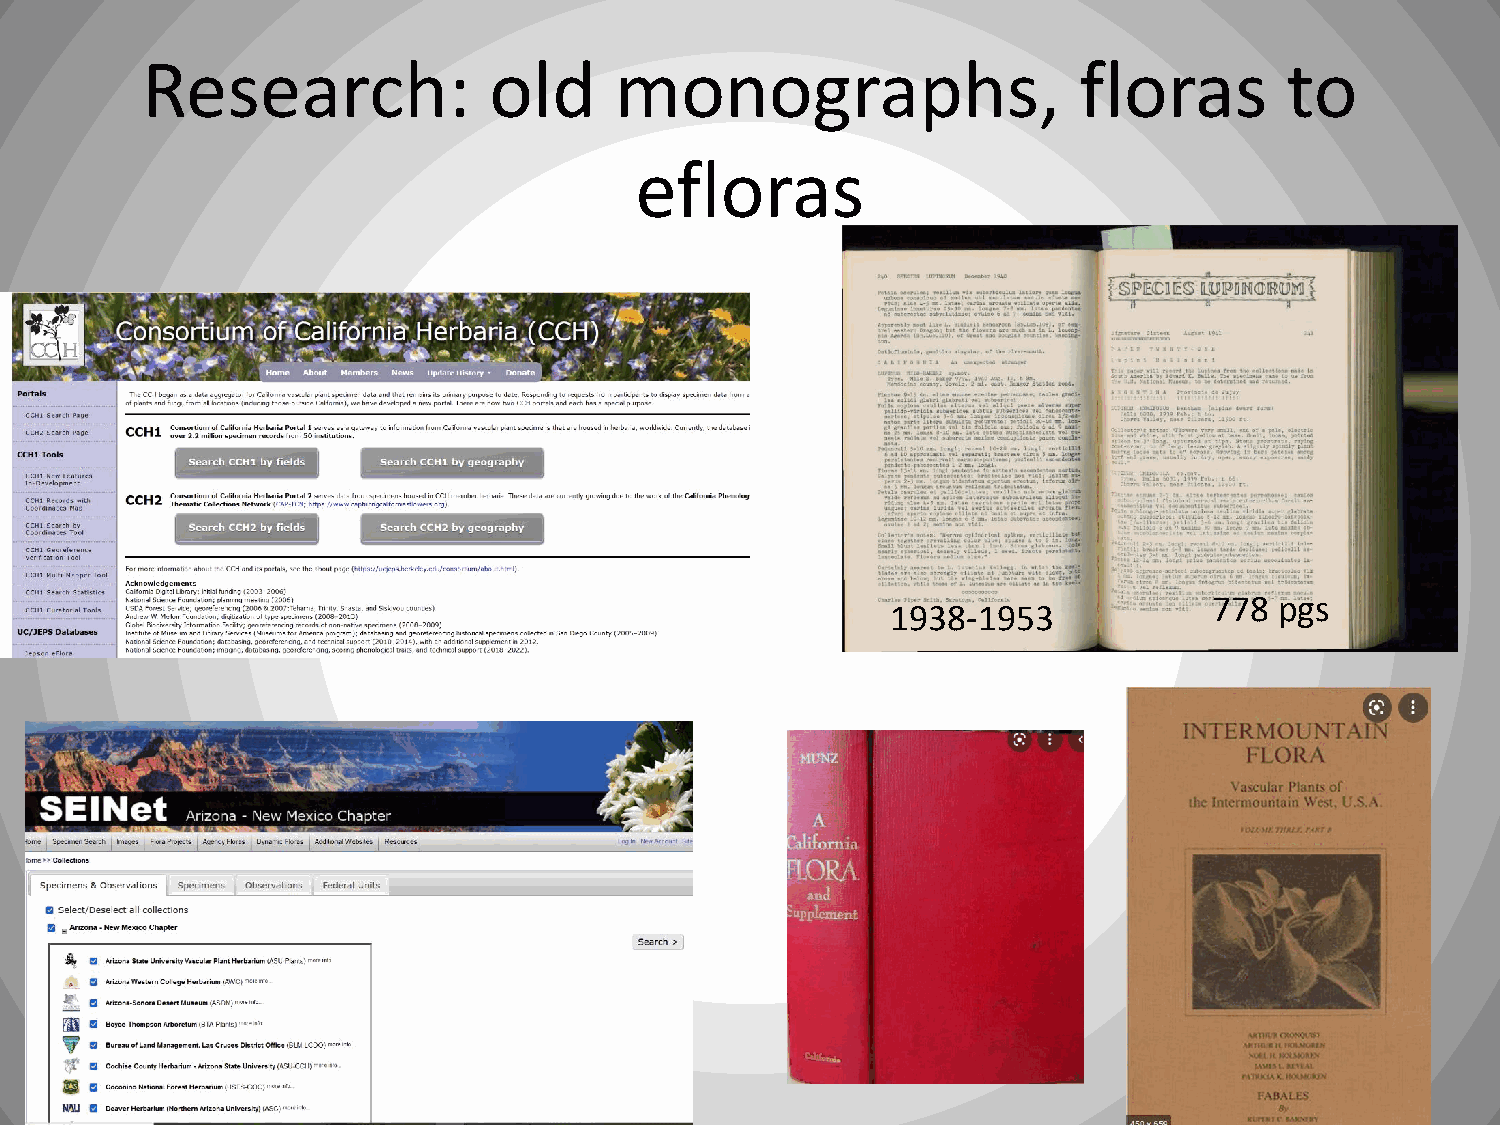
Research:              old      monographs,                   floras        to
 efloras
 778  pgs
 1938-1953